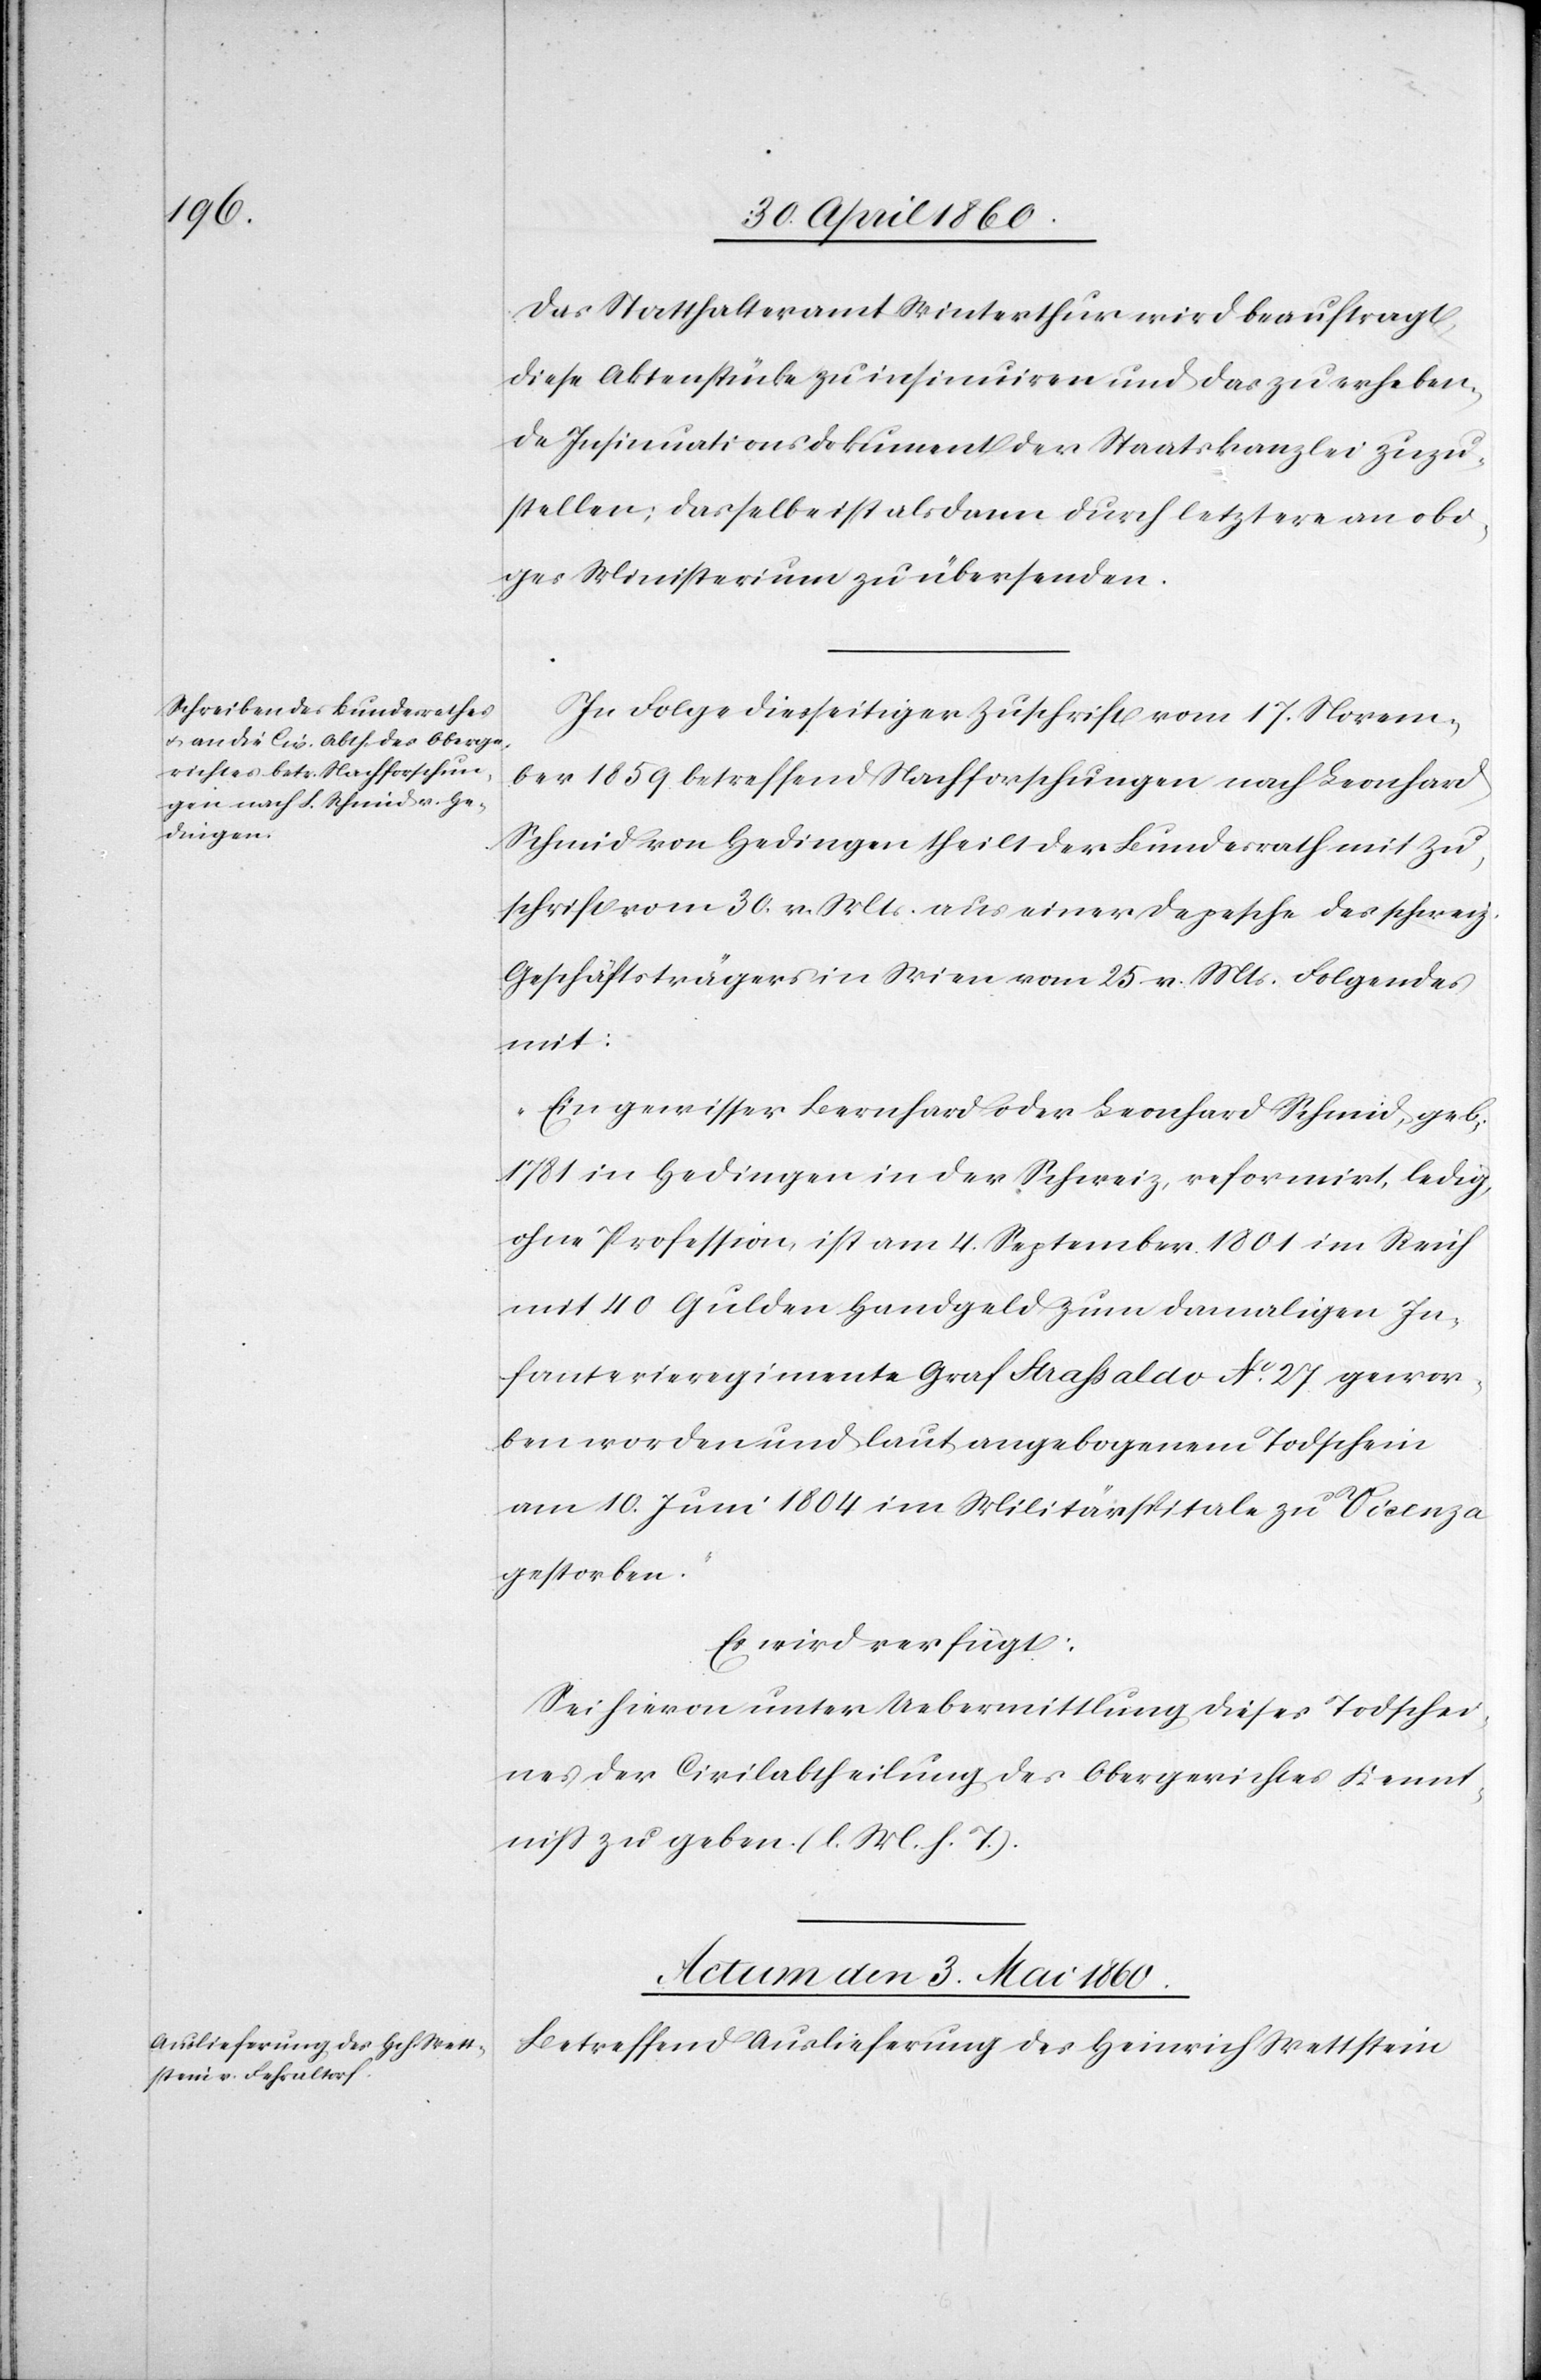
Das Statthalteramt Winterthur wird beauftragt,
diese Aktenstücke zu insinuiren und das zu erheben¬
de Insinuationsdokument der Staatskanzlei zuzu¬
stellen; dasselbe ist alsdann durch letztere an ob¬
iges Ministerium zu übersenden.
In Folge diesseitiger Zuschrift vom 17. Novem¬
ber 1859 betreffend Nachforschungen nach Leonhard
Schmid von Hedingen theilt der Bundesrath mit Zu¬
schrift vom 30. v. Mts. aus einer Depesche des schweiz.
Geschäftsträgers in Wien vom 25. v. Mts. Folgendes
mit:
„Ein gewisser Bernhard oder Leonhard Schmid, geb.
1781 in Hedingen in der Schweiz, reformirt, ledig,
ohne Profession, ist am 4. September 1801 im Reich
mit 40 Gulden Handgeld zum damaligen In¬
fanterieregimente Graf Srassaldo No 27 gewor¬
ben worden und laut angebogenem Todtschein
am 10. Juni 1804 im Militärspitale zu Vicenza
gestorben.“
Es wird verfügt:
Sei hievon unter Uebermittlung dieses Todtschei¬
nes der Civilabtheilung des Obergerichtes Kennt¬
niss zu geben. [l. M. h. T]
Actum den 3. Mai 1860.
Betreffend Auslieferung des Heinrich Wettstein